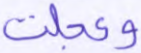
وعجلت